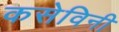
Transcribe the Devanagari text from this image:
कसेविनी